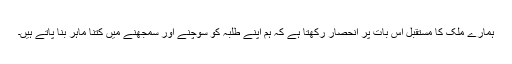
ہمارے ملک کا مستقبل اس بات پر انحصار رکھتا ہے کہ ہم اپنے طلبہ کو سوچنے اور سمجھنے میں کتنا ماہر بنا پاتے ہیں۔